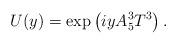
LaTeX: \begin{align*}U(y) = \exp \left( i y A_5^3 T^3 \right).\end{align*}